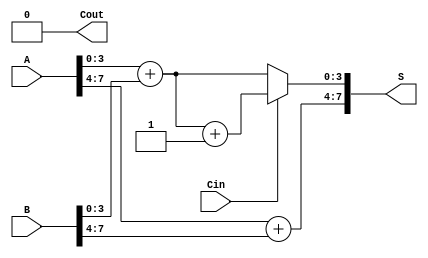
module han_carlson_adder #(parameter N = 8, parameter K = 4) (
    input  [N-1:0] A,        // First input
    input  [N-1:0] B,        // Second input
    input         Cin,       // Carry-in
    output [N-1:0] S,        // Sum output
    output        Cout       // Carry-out
);

    // Number of blocks
    localparam NUM_BLOCKS = N / K;

    // Internal signals
    wire [K-1:0] sum0 [0:NUM_BLOCKS-1]; // Sum when carry-in is 0
    wire [K-1:0] sum1 [0:NUM_BLOCKS-1]; // Sum when carry-in is 1
    wire [NUM_BLOCKS-1:0] carry_out;     // Carry-out from each block
    wire [NUM_BLOCKS-1:0] carry_select;   // Carry select signals

    // Generate blocks
    genvar i;
    generate
        for (i = 0; i < NUM_BLOCKS; i = i + 1) begin : adder_block
            wire [K-1:0] A_block = A[i*K +: K];
            wire [K-1:0] B_block = B[i*K +: K];

            // Compute sums for carry-in = 0 and carry-in = 1
            assign sum0[i] = A_block + B_block; // Sum when Cin = 0
            assign sum1[i] = A_block + B_block + 1; // Sum when Cin = 1

            // Generate carry-out for the current block
            if (i == 0) begin
                assign carry_out[i] = (A_block + B_block + Cin) >> K; // Carry-out for first block
            end else begin
                assign carry_out[i] = (A_block + B_block + carry_out[i-1]) >> K; // Carry-out for subsequent blocks
            end

            // Select carry based on previous carry-out
            assign carry_select[i] = (i == 0) ? Cin : carry_out[i-1];
        end
    endgenerate

    // MUX to select the final sum based on carry select
    generate
        for (i = 0; i < NUM_BLOCKS; i = i + 1) begin : mux_block
            assign S[i*K +: K] = carry_select[i] ? sum1[i] : sum0[i];
        end
    endgenerate

    // Final carry-out
    assign Cout = carry_out[NUM_BLOCKS-1];

endmodule